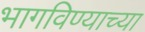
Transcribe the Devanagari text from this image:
भागविण्याच्या